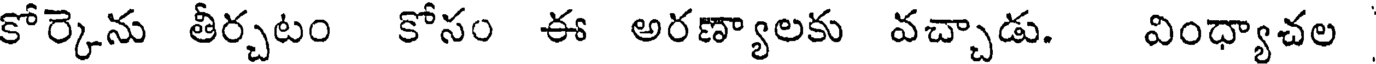
కోర్కెను తీర్చటం కోసం ఈ అరణ్యాలకు వచ్చాడు. వింధ్యాచల